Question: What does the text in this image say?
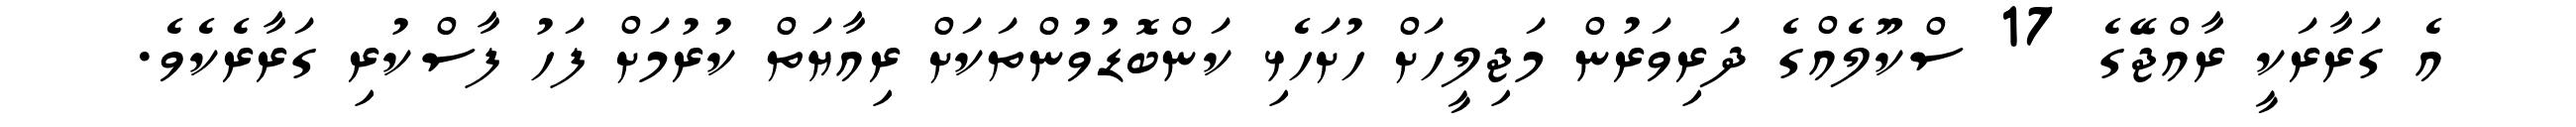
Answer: އެ ގަރާރަކީ ރާއްޖޭގެ 17 ސްކޫލެއްގެ ދަރިވަރުން މަޖިލީހަށް ހުށަހެޅި ކަންބޮޑުވުންތަކަށް ރިއާޔަތް ކުރުމަށް ފަހު ފާސްކުރި ގަރާރެކެވެ.